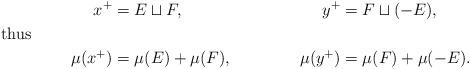
LaTeX: \begin{align*}x^+ &= E \sqcup F,&y^+ &= F \sqcup (-E),\shortintertext{thus}\mu(x^+) &= \mu(E) + \mu(F),&\mu(y^+) &= \mu(F) + \mu(-E).\end{align*}